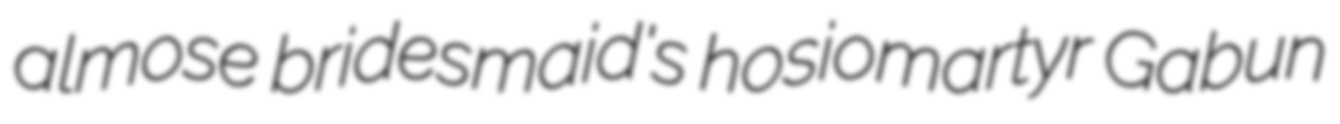
almose bridesmaid's hosiomartyr Gabun